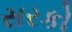
સરકો